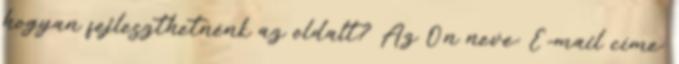
hogyan fejleszthetnénk az oldalt? Az Ön neve: E-mail címe: